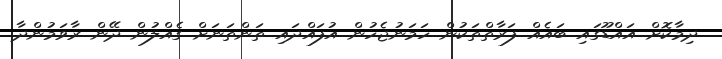
ދިމާކޮށް އައްޑޫގައި ބައެއް ފަރާތްތަކުން ހަމަނުޖެހުން އުފައްދައި ތަންތަނަށް ގެއްލުން ދޭން ރާވަމުންދާ